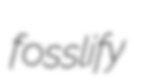
fosslify